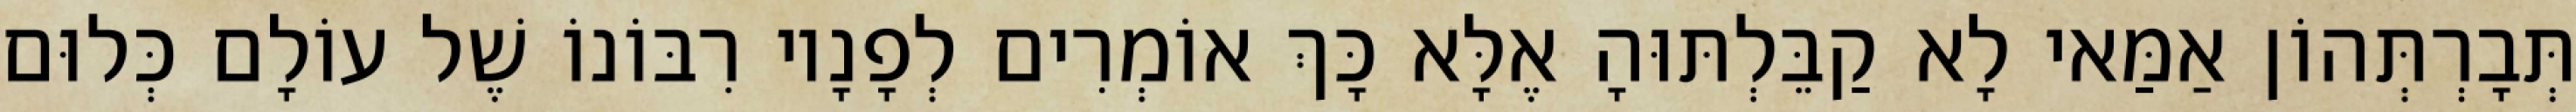
תְּבָרְתְּהוֹן אַמַּאי לָא קַבֵּלְתּוּהָ אֶלָּא כָּךְ אוֹמְרִים לְפָנָיו רִבּוֹנוֹ שֶׁל עוֹלָם כְּלוּם